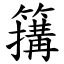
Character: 簼